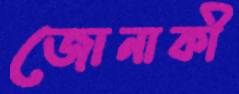
জোনাকী